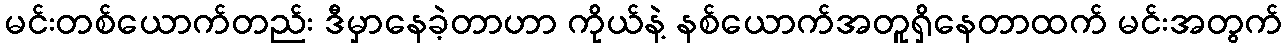
မင်းတစ်ယောက်တည်း ဒီမှာနေခဲ့တာဟာ ကိုယ်နဲ့ နစ်ယောက်အတူရှိနေတာထက် မင်းအတွက်